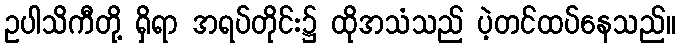
ဥပါသိကီတို့ ရှိရာ အရပ်တိုင်း၌ ထိုအသံသည် ပဲ့တင်ထပ်နေသည်။